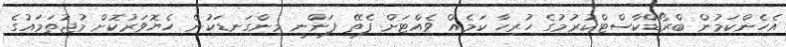
އެހެންކަމުން ބްރޯޑްކާސްޓްކުރުމުގެ ހުރިހާ ކަމެއް ވެއްޓަށް ފެތޭ ފަންނީ މިންގަނޑަކުން ހެޔޮވަރުކޮށް މުޖުތަމައުގެ